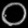
Digit: ၀